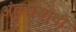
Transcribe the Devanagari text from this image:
अंतसस्रावी